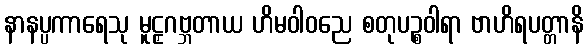
နာနပ္ပကာရေသု မူဠှဂဗ္ဘတာယ ဟိမဝါဝညေ စတုပဉ္စဝါရာ ဗာဟိရပတ္တာနိ